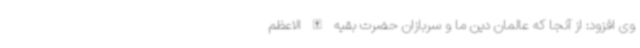
وی افزود: از آنجا که عالمان دین ما و سربازان حضرت بقیه الله الاعظم